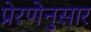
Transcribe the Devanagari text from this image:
प्रेरणेनुसार